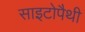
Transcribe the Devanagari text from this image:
साइटोपैथी